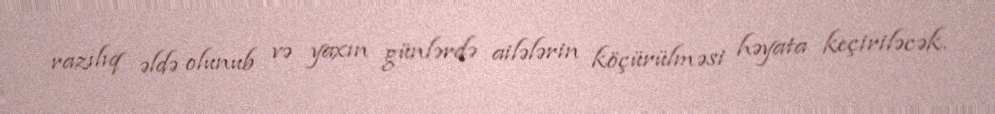
razılıq əldə olunub və yaxın günlərdə ailələrin köçürülməsi həyata keçiriləcək.